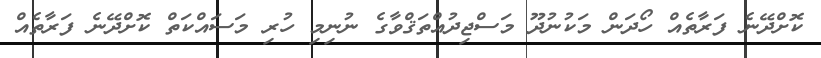
ކޮށްދޭނެ ފަރާތެއް ހޯދަން މަކުނުދޫ މަސްޖިދުއްތަޤްވާގެ ނުނިމި ހުރި މަސައްކަތް ކޮށްދޭނެ ފަރާތެއް